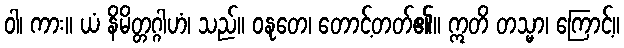
ဝါ၊ ကား။ ယံ နိမိတ္တဂ္ဂါဟံ၊ သည်။ ဝနုတေ၊ တောင့်တတ်၏။ ဣတိ တသ္မာ၊ ကြောင့်။